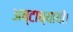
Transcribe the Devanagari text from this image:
अष्टाध्यायी।